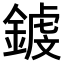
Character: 𨪝